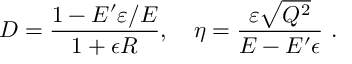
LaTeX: D = { \frac { 1 - E ^ { \prime } \varepsilon / E } { 1 + \epsilon R } } , \quad \eta = { \frac { \varepsilon \sqrt { Q ^ { 2 } } } { E - E ^ { \prime } \epsilon } } \ .